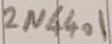
Text: 2N4401